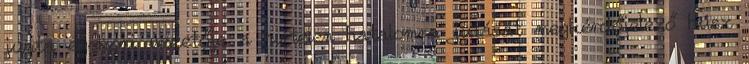
junta egykori vezetője a hirtelen hatalomra jutását megkérdőjelező húsz